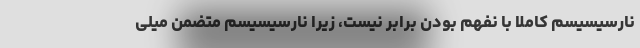
نارسیسیسم کاملاً با نفهم بودن برابر نیست، زیرا نارسیسیسم متضمن میلی